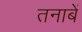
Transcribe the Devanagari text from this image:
तनाबें